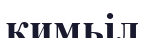
кимьіл